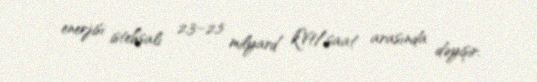
enerjisi istehsalı 2,3–2,5 milyard kVt/saat arasında dəyişir.